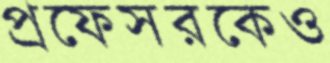
প্রফেসরকেও